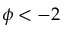
\phi < - 2